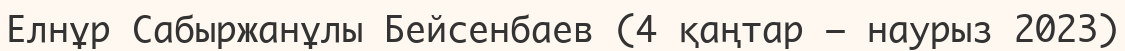
Елнұр Сабыржанұлы Бейсенбаев (4 қаңтар – наурыз 2023)